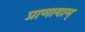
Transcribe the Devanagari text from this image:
प्राणायाम्